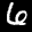
Label: 6